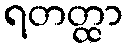
ရတတ္ထာ